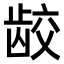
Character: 𫜪